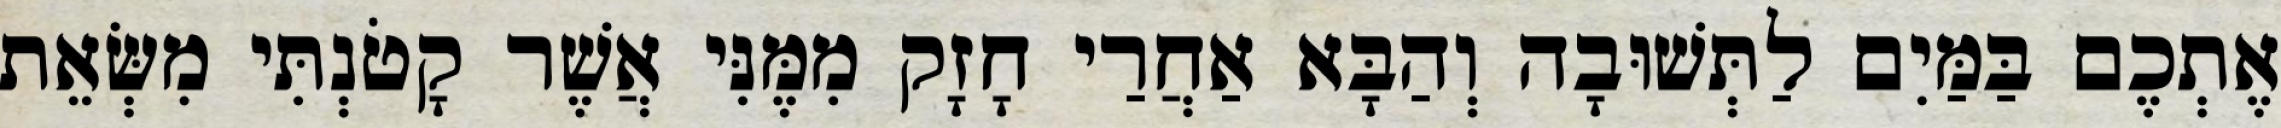
אֶתְכֶם בַּמַּיִם לַתְּשׁוּבָה וְהַבָּא אַחֲרַי חָזָק מִמֶּנִּי אֲשֶׁר קָטֹנְתִּי מִשְּׂאֵת